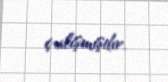
çalışmışdır.